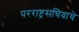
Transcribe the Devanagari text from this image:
परराष्ट्रसचिवाचे